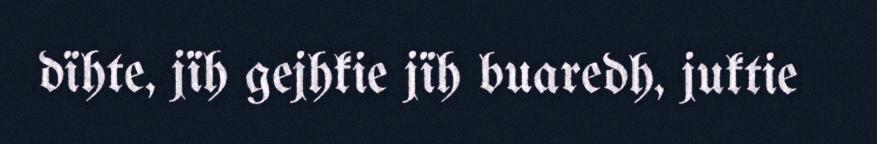
dïhte, jïh gejhkie jïh buaredh, juktie